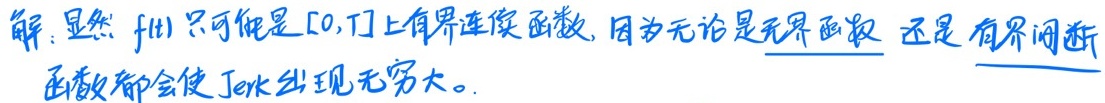
解：显然 \(f(t)\) 只可能是 \([0, T]\) 上有界连续函数，因为无论是无界函数还是有界间断函数都会使 \(\int f(t)\) 出现无穷大。